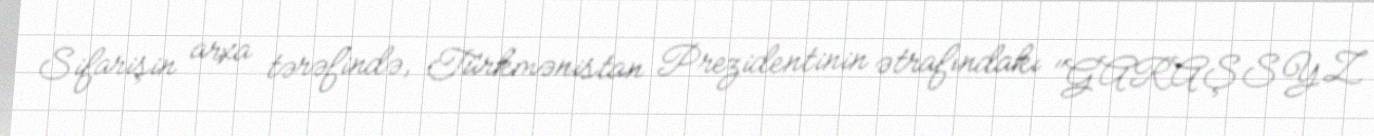
Sifarişin arxa tərəfində, Türkmənistan Prezidentinin ətrafındakı "GARAŞSYZ